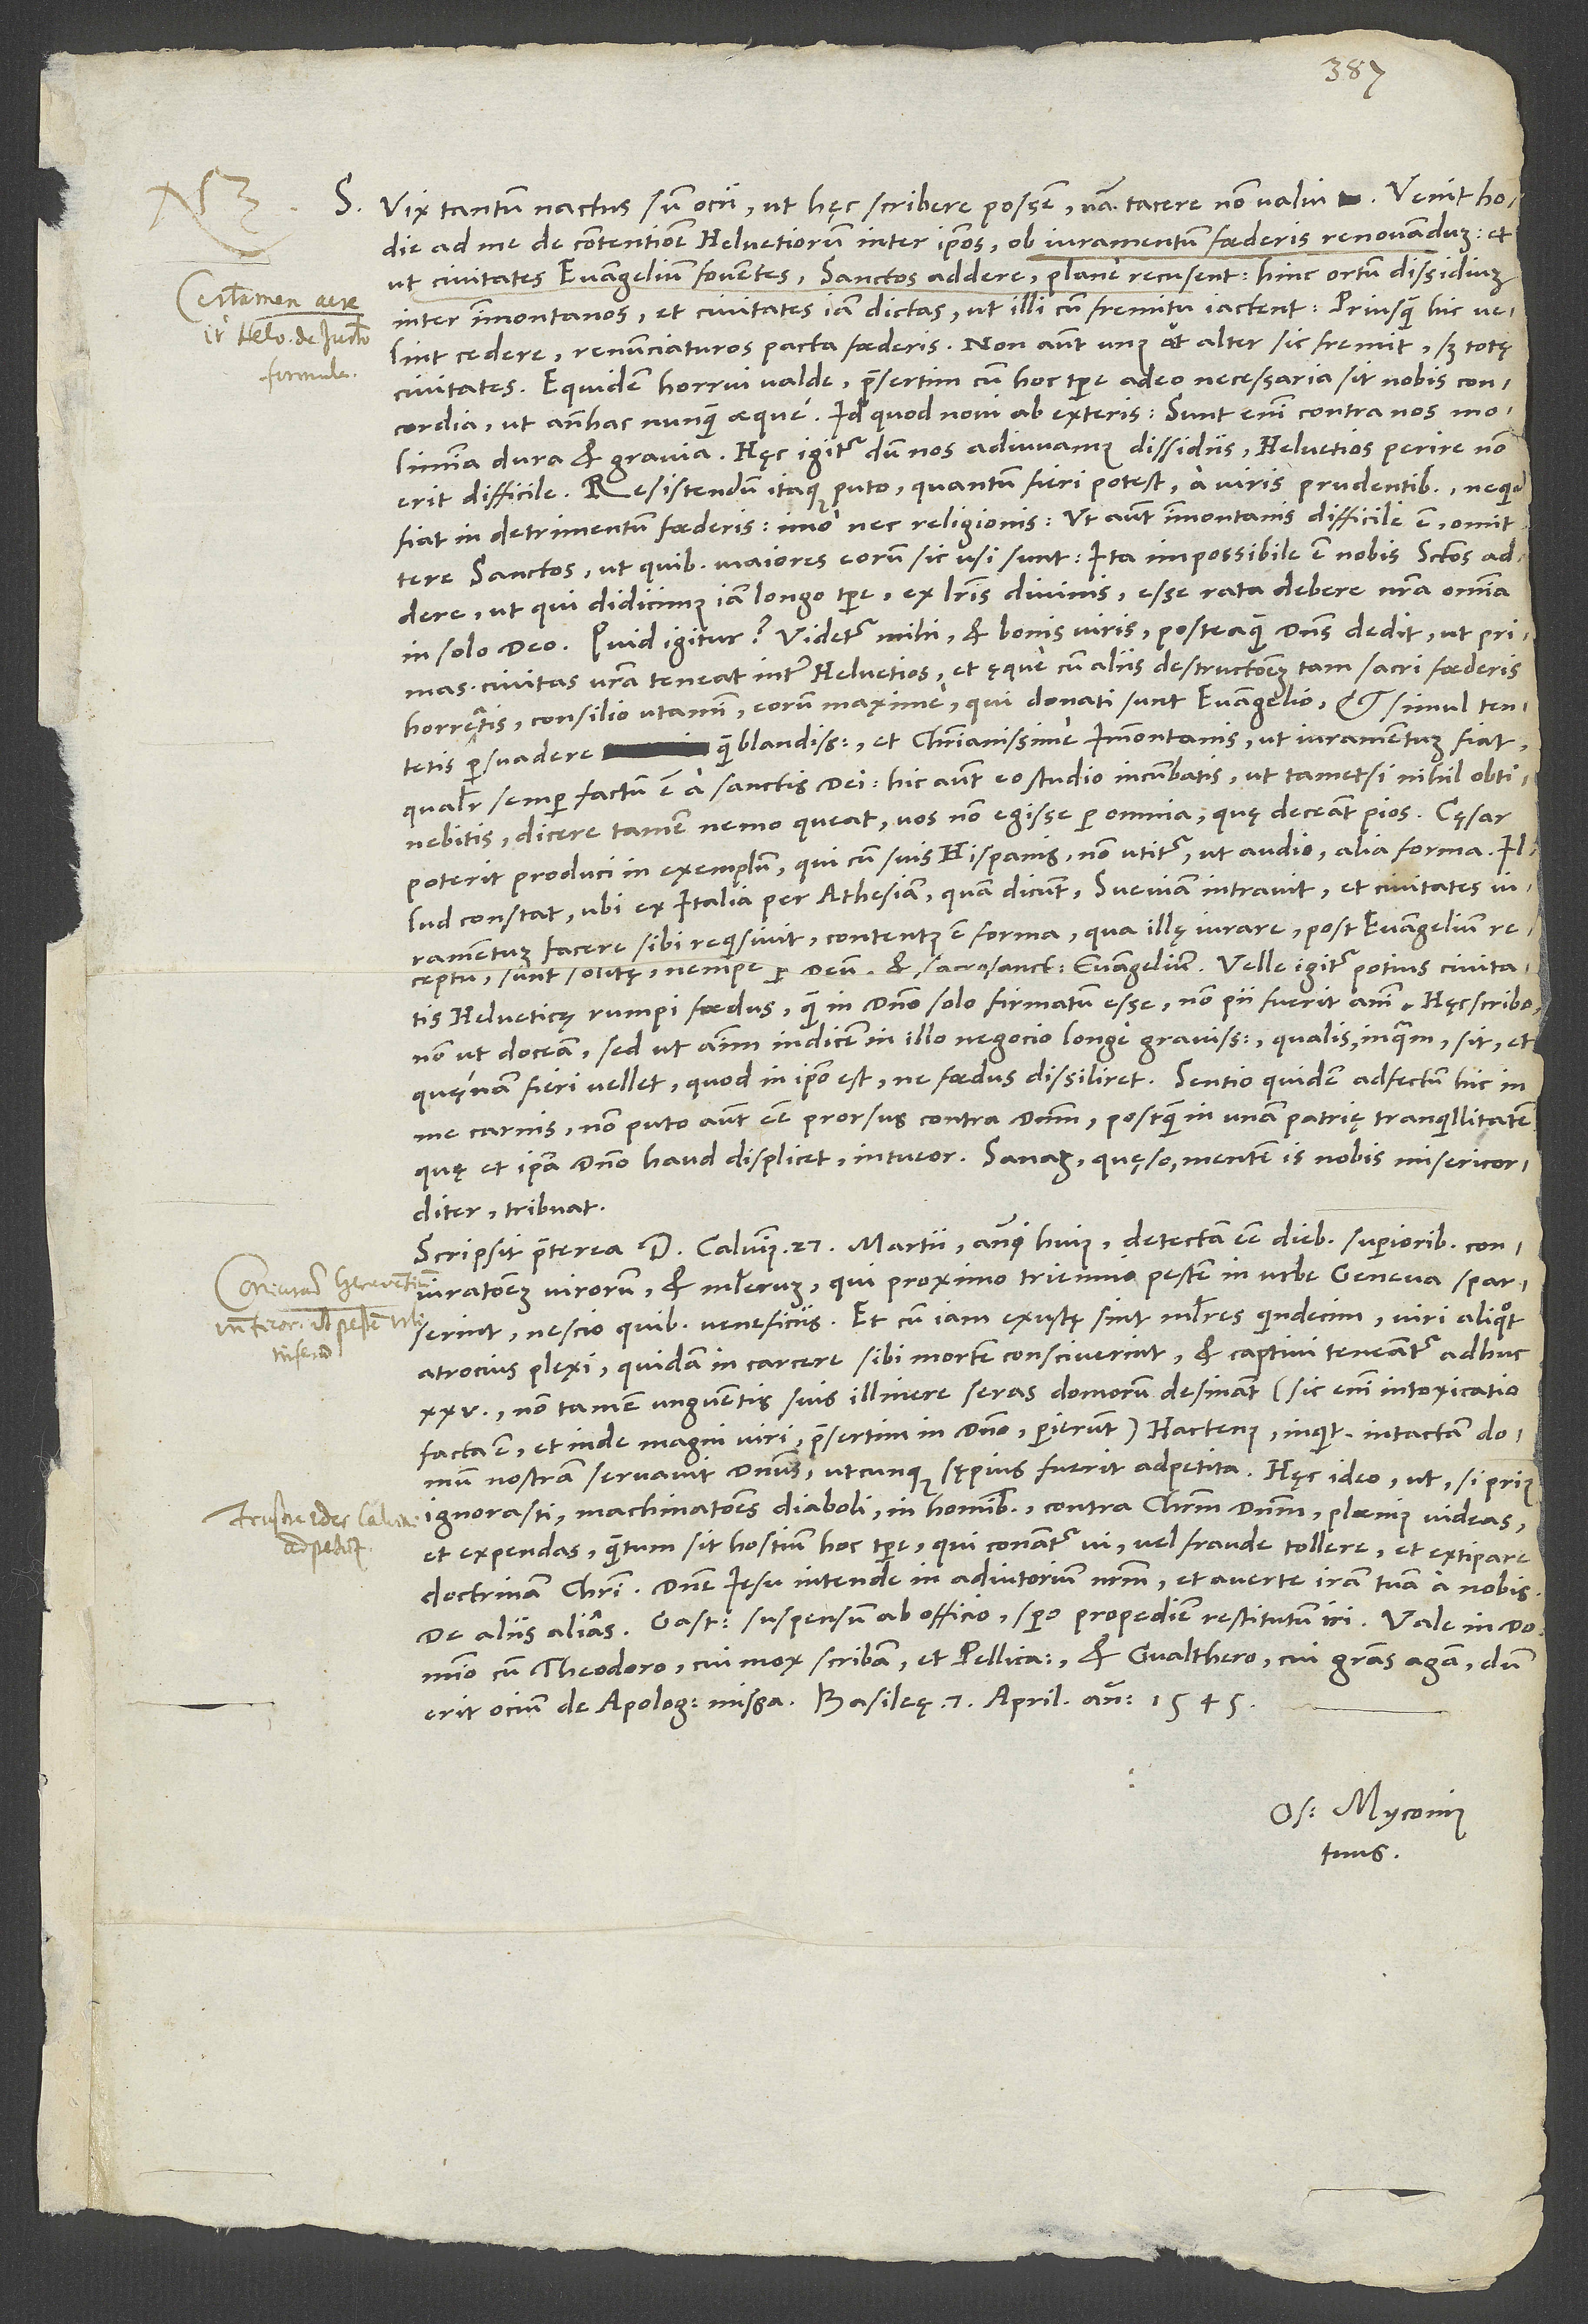
S. Vix tantum nactus sum ocii, ut hęc scribere possem; nam tacere non valui. Venit hodie
ad me de contentione Helvetiorum inter ipsos ob iuramentum foederis renovandum, et
ut civitates evangelium foventes sanctos addere plane recusent; hinc ortum dissidium
inter Immontanos et civitates iam dictas, ut illi cum fremitu iactent, priusquam hic velint
cedere, renunciaturos pacta foederis. Non autem unus aut alter sic fremit, sed totę
Equidem horrui valde, praesertim cum hoc tempore adeo necessaria sit nobis concordia
ut antehac nunquam aeque. Id quod novi ab exteris, sunt enim contra nos molimina
dura et gravia. Hęc igitur dum nos adiuvamus dissidiis, Helvetios perire non
erit difficile. Resistendum itaque puto, quantum fieri potest, a viris prudentibus, ne quid
fiat in detrimentum foederis, imo nec religionis. Ut autem Immontanis difficile est omittere
sanctos, ut quibus maiores eorum sic usi sunt, ita impossibile est nobis sanctos
ut qui didicimus iam longo tempore ex literis divinis esse rata debere nostra omnia
in solo deo. Quid igitur? Videtur mihi et bonis viris, posteaquam dominus dedit, ut primas
civitas vestra teneat inter Helvetios et ęque cum aliis destructionem tam sacri foederis
horreatis, consilio utamini eorum maxime, qui donati sunt evangelio, et simul tentetis
persuadere quam blandissime et christianissime Immontanis, ut iuramentum fiat,
qualiter semper factum est a sanctis dei. Hic autem eo studio incumbatis, ut, tametsi nihil obtinebitis,
dicere tamen nemo queat nos non egisse per omnia, quę deceant pios. Cęsar
poterit produci in exemplum, qui cum suis Hispanis non utitur, ut audio, alia forma. Illud
constat: Ubi ex Italia per Athesiam, quam dicunt, Sueviam intravit et civitates
iuramentum facere sibi requisivit, contentus est forma, qua illę iurare post evangelium
receptum sunt solitę, nempe per deum et sacrosanctum evangelium. Velle igitur potius civitatis
Helveticę rumpi foedus, quam in domino solo firmatum esse, non pii fuerit animi. Hęc scribo,
non ut doceam, sed ut animum indicem in illo negocio longe gravissimo, qualis, inquam, sit, et
quęnam fieri vellet, quod in ipso est, ne foedus dissiliret. Sentio quidem adfectum hic in
me carnis. Non puto autem esse prorsus contra dominum, postquam in unam patrię tranquillitatem,
quę et ipsa domino haud displicet, intueor. Sanam, quęso, mentem is nobis misericorditer
tribuat.
Scripsit praeterea d. Calvinus 27. martii anni huius detectam esse diebus superioribus coniurationem
virorum et mulierum, qui proximo triennio pestem in urbe Geneva sparserunt,
nescio quibus veneficiis. Et cum iam exustę sint mulieres quindecim, viri aliquot
atrocius plexi, quidam in carcere sibi mortem consciverint et captivi teneantur adhuc
non tamen unguentis suis illinere seras domorum desinant (sic enim intoxicatio
facta est, et inde magni viri, praesertim in domino, perierunt): „Hactenus“, inquit, „intactam domum
nostram servavit dominus, utcunque sępius fuerit adpetita.“ Hęc ideo, ut, si prius
ignorasti, machinationes diaboli in hominibus contra Christum dominum plaenius videas
et expendas, quantum sit hostium hoc tempore, qui conantur vi vel fraude tollere et extirpare
domino cum Theodoro, cui mox scribam, et Pellicano et Gvalthero, cui gratias agam, dum
Os. Myconius
tuus.